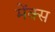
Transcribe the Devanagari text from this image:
मेंक्स